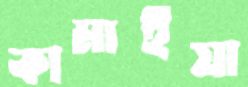
কামাইয়া